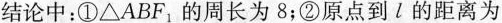
结论中①△ABF_{1}的周长为 8；②原点到l的距离为